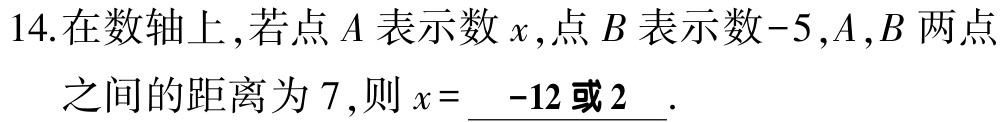
14.在数轴上,若点\(A\)表示数\(x\),点\(B\)表示数\(-5\),\(A,B\)两点之间的距离为\(7\),则\(x = \underline{ -12或2}\).